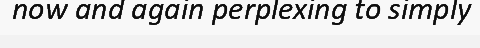
now and again perplexing to simply